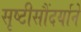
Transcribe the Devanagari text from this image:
सृष्टीसौंदर्याने